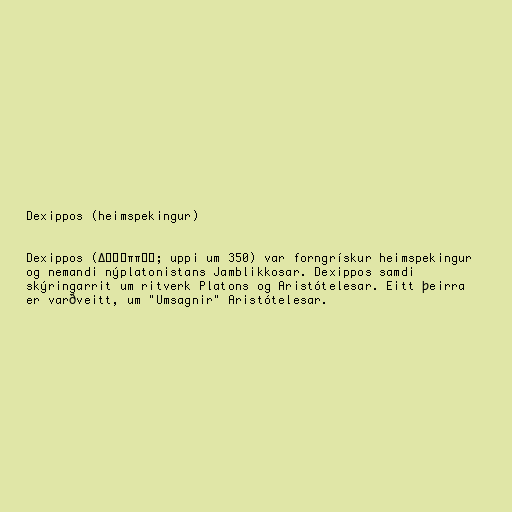
Dexippos (heimspekingur)

Dexippos (Δέξιππος; uppi um 350) var forngrískur heimspekingur
og nemandi nýplatonistans Jamblikkosar. Dexippos samdi
skýringarrit um ritverk Platons og Aristótelesar. Eitt þeirra
er varðveitt, um "Umsagnir" Aristótelesar.